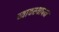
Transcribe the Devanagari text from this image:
व्यावस्थापन